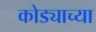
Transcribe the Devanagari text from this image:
कोड्याच्या